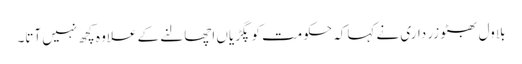
بلاول بھٹو زر داری نے کہاکہ حکومت کو پگڑیاں اچھالنے کے علاوہ کچھ نہیں آتا۔